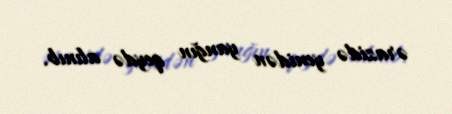
ərazidə yenidən yanğın qeydə alınıb.